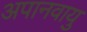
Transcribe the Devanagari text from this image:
अपानवायु